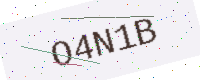
Text: O4N1B